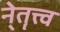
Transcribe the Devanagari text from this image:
ने्तॄत्त्व